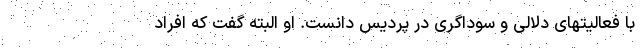
با فعالیتهای دلالی و سوداگری در پردیس دانست. او البته گفت که افراد